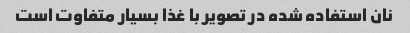
نان استفاده شده در تصویر با غذا بسیار متفاوت است